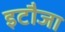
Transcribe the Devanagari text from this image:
इटौजा